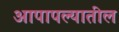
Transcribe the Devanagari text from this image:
आपापल्यातील